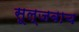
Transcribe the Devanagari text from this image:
सूल्जबाच